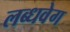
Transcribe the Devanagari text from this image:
लब्धवेग